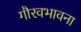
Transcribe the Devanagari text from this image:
गौरवभावना